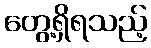
တွေ့ရှိရသည့်